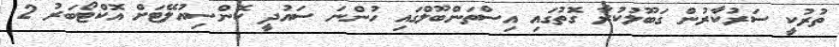
ތުރުކީ ސަރުކާރުން ގަބޫލުކުރާ ގޮތުގައި އިސްތަންބޫލްގައި ހުންނަ ސައުދީ ކޮންސިއުލޭޓަށް އޮކްޓޯބަރު 2